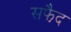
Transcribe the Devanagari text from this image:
सफै़द